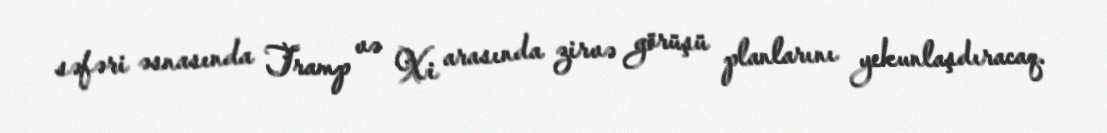
səfəri əsnasında Tramp və Xi arasında zirvə görüşü planlarını yekunlaşdıracaq.